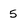
Character: 5